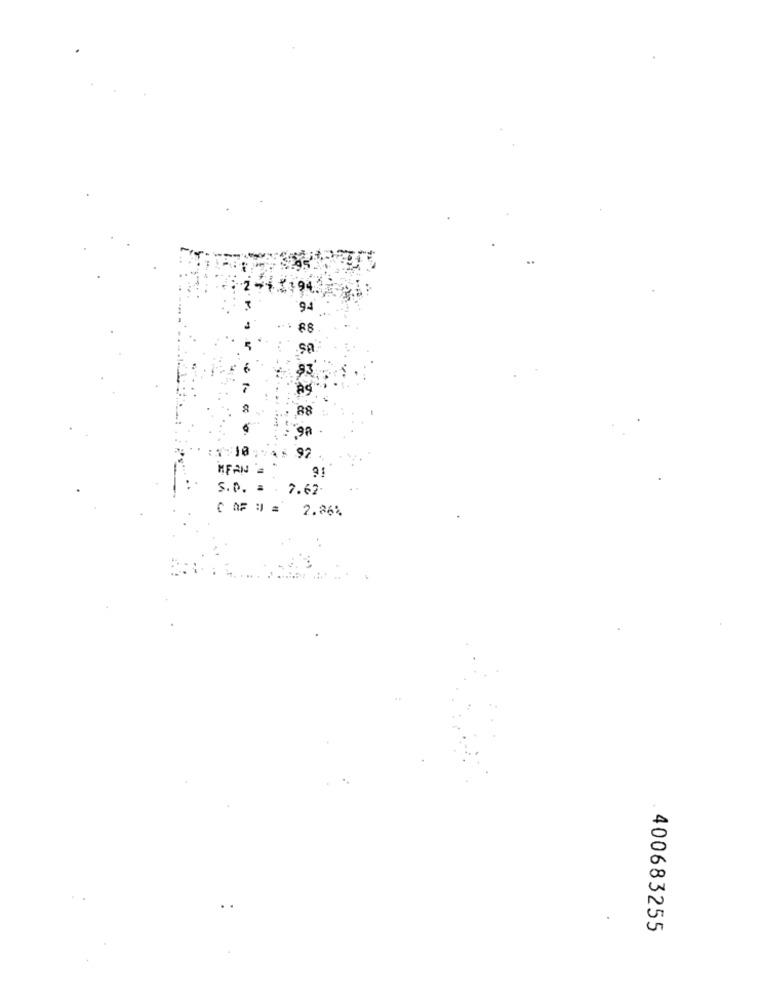
94
6
93
88
9A
92
MFAN
S.D. = . 7.62.
C AF3= 2.86%
400683255